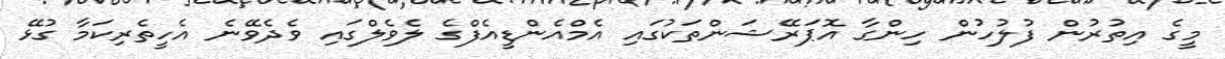
މީގެ އިތުރުން ފުލުހުން ހިންގާ އޮޕަރޭޝަންތަކުގައި އެމްއެންޑީއެފްގެ ލެވެލްގައި ވެދެވޭނެ އެހީތެރިކަމާ ގުޅޭ